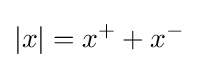
|x|=x^{+}+x^{-}